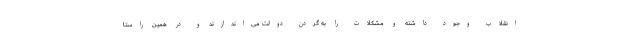
انقلاب وجود داشته و مشکلات را به گردن دولت می‌اندازند و در همین راستا